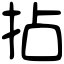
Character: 拈